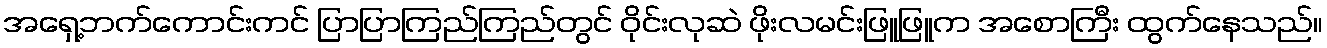
အရှေ့ဘက်ကောင်းကင် ပြာပြာကြည်ကြည်တွင် ဝိုင်းလုဆဲ ဖိုးလမင်းဖြူဖြူက အစောကြီး ထွက်နေသည်။